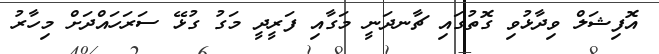
އޮފިޝަލް ވިދާޅުވި ގޮތުގައި ޗާނދަނީ މަގާއި ފަރީދީ މަގު ގުޅޭ ސަރަހައްދަށް މިހާރު